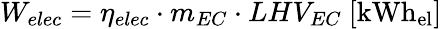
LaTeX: W_{elec}=\eta_{elec}\cdot m_{EC}\cdot LHV_{EC}\ [\mathrm{kWh_{el}}]